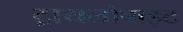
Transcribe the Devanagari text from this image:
ट्रायलोबाइट